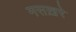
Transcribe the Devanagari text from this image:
मसख़रे